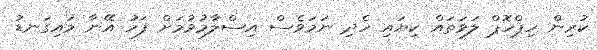
ކުރިން ހިޕްހޮޕް ލަވަތައް ކިޔައި ހެދި ނަމަވެސް އިސްލާމުވުމަށް ފަހު އޭނާ މައިގަނޑު